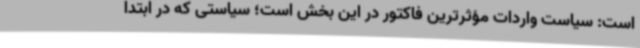
است: سیاست واردات مؤثرترین فاکتور در این بخش است؛ سیاستی که در ابتدا